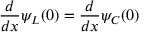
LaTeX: { \frac { d } { d x } } \psi _ { L } ( 0 ) = { \frac { d } { d x } } \psi _ { C } ( 0 )